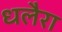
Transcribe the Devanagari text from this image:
धलैरा